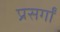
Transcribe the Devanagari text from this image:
प्रसर्गों